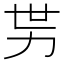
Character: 𱐭